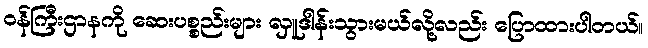
ဝန်ကြီးဌာနကို ဆေးပစ္စည်းများ လှူဒါန်းသွားမယ်လို့လည်း ပြောထားပါတယ်။